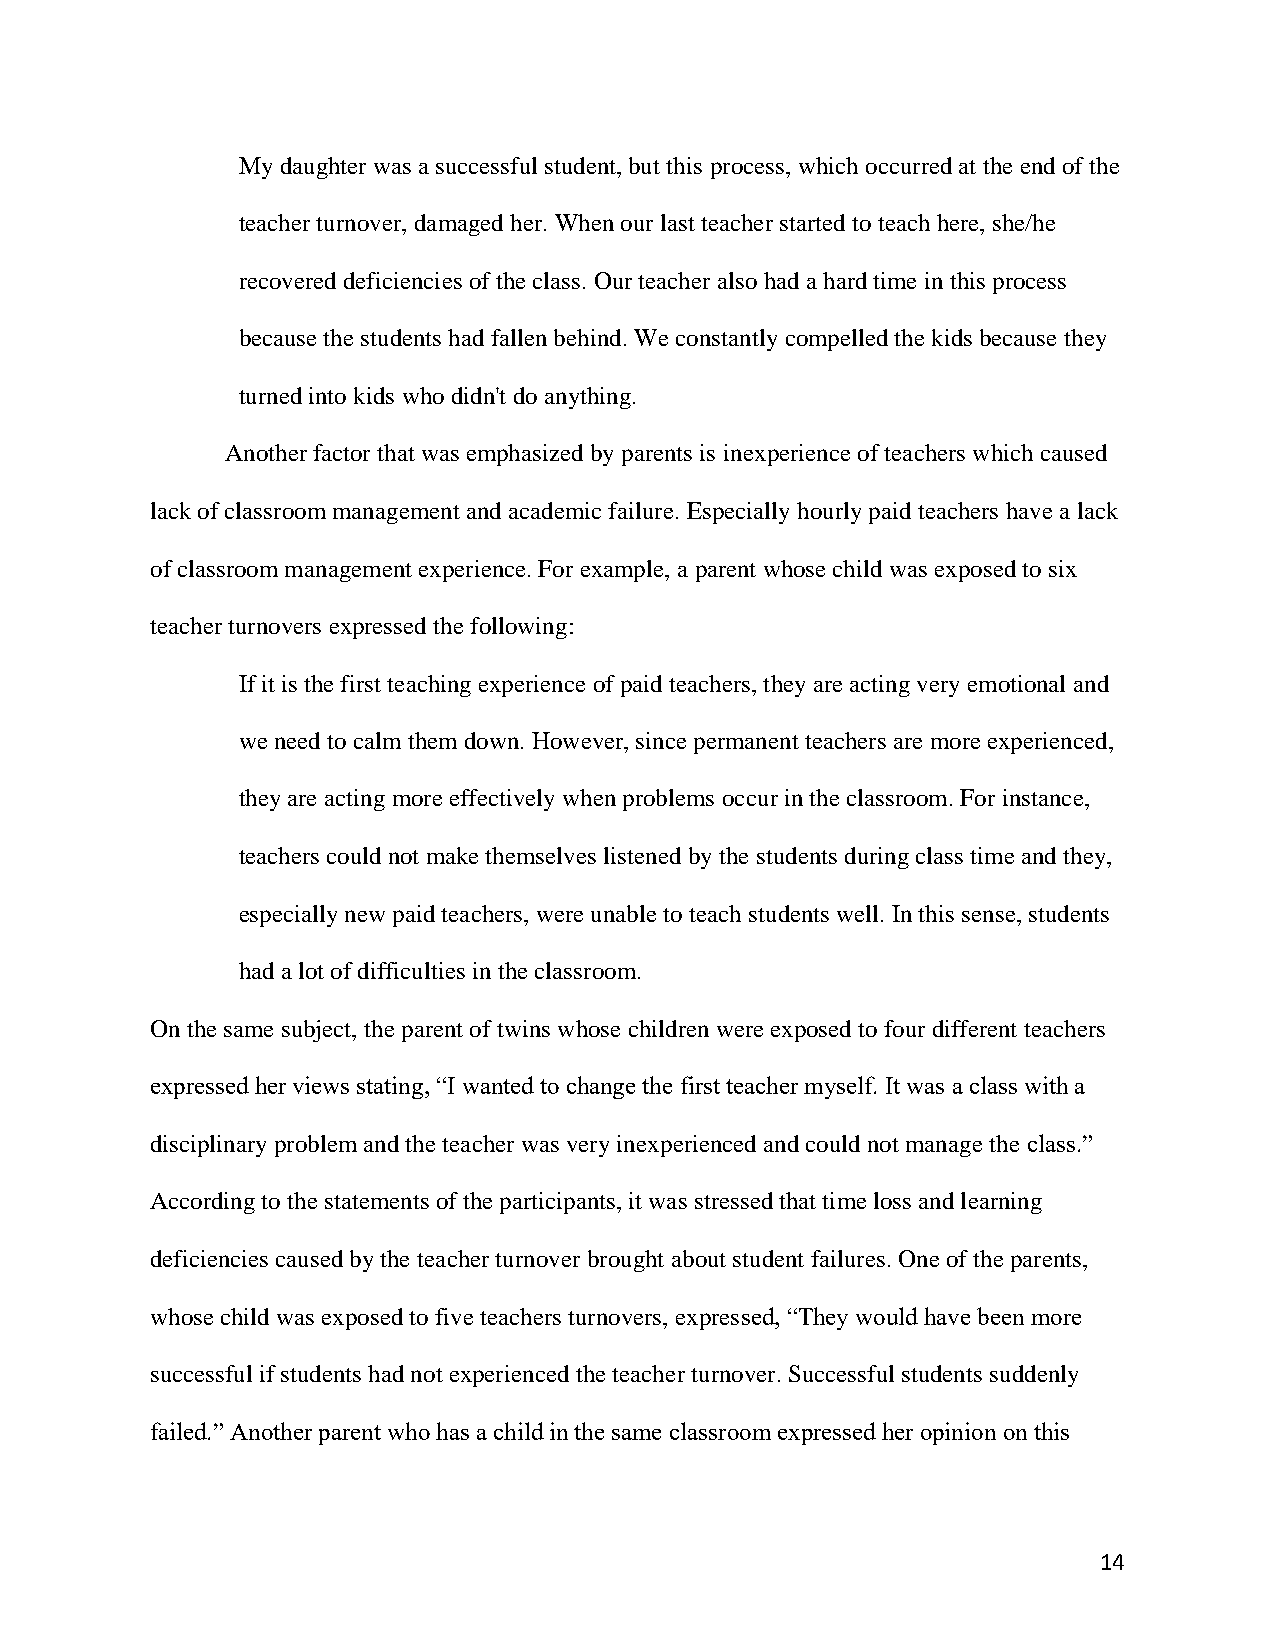
My daughter was a successful student, but this process, which occurred at the end of the
 teacher turnover, damaged her. When our last teacher started to teach here, she/he
 recovered deficiencies of the class. Our teacher also had a hard time in this process
 because the students had fallen behind. We constantly compelled the kids because they
 turned into kids who didn't do anything.
 Another factor that was emphasized by parents is inexperience of teachers which caused
 lack of classroom management and academic failure. Especially hourly paid teachers have a lack
 of classroom management experience. For example, a parent whose child was exposed to six
 teacher turnovers expressed the following:
 If it is the first teaching experience of paid teachers, they are acting very emotional and
 we need to calm them down. However, since permanent teachers are more experienced,
 they are acting more effectively when problems occur in the classroom. For instance,
 teachers could not make themselves listened by the students during class time and they,
 especially new paid teachers, were unable to teach students well. In this sense, students
 had a lot of difficulties in the classroom.
 On the same subject, the parent of twins whose children were exposed to four different teachers
 expressed her views stating, “I wanted to change the first teacher myself. It was a class with a
 disciplinary problem and the teacher was very inexperienced and could not manage the class.”
 According to the statements of the participants, it was stressed that time loss and learning
 deficiencies caused by the teacher turnover brought about student failures. One of the parents,
 whose child was exposed to five teachers turnovers, expressed, “They would have been more
 successful if students had not experienced the teacher turnover. Successful students suddenly
 failed.” Another parent who has a child in the same classroom expressed her opinion on this
 14